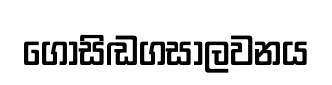
ගොසිඬගසාලවනය